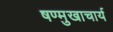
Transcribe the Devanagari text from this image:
षण्मुखाचार्य